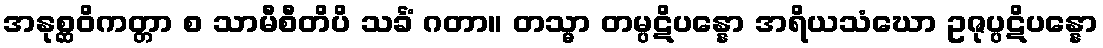
အနုစ္ဆဝိကတ္တာ စ သာမီစီတိပိ သင်္ခံ ဂတာ။ တသ္မာ တမ္ပဋိပန္နော အရိယသံဃော ဥဇုပ္ပဋိပန္နော